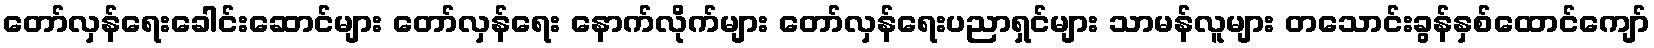
တော်လှန်ရေးခေါင်းဆောင်များ တော်လှန်ရေး နောက်လိုက်များ တော်လှန်ရေးပညာရှင်များ သာမန်လူများ တသောင်းခွန်နှစ်ထောင်ကျော်